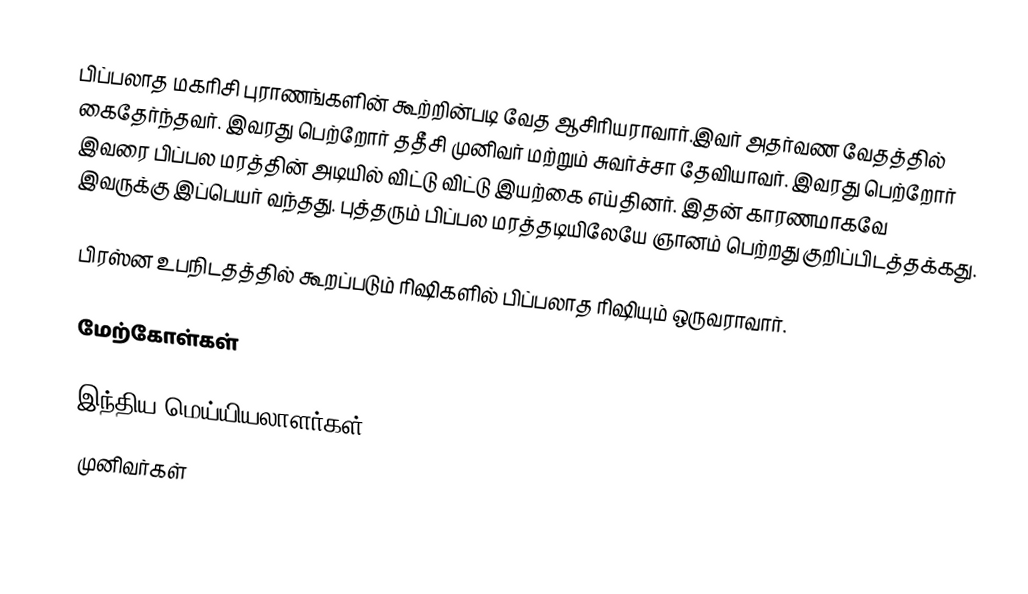
பிப்பலாத மகரிசி புராணங்களின் கூற்றின்படி வேத ஆசிரியராவார்.இவர் அதர்வண வேதத்தில் கைதேர்ந்தவர். இவரது பெற்றோர் ததீசி முனிவர் மற்றும் சுவர்ச்சா தேவியாவர். இவரது பெற்றோர் இவரை பிப்பல மரத்தின் அடியில் விட்டு விட்டு இயற்கை எய்தினர். இதன் காரணமாகவே இவருக்கு இப்பெயர் வந்தது. புத்தரும் பிப்பல மரத்தடியிலேயே ஞானம் பெற்றது குறிப்பிடத்தக்கது.

பிரஸ்ன உபநிடதத்தில் கூறப்படும் ரிஷிகளில் பிப்பலாத ரிஷியும் ஒருவராவார்.

மேற்கோள்கள்

இந்திய மெய்யியலாளர்கள்
முனிவர்கள்